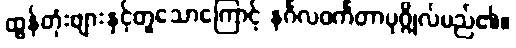
ထွန်တုံးဖျားနှင့်တူသောကြောင့် နင်္ဂလဝင်္ကတာပုဂ္ဂိုလ်မည်၏။